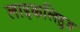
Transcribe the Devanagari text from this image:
लाइकलिहुड